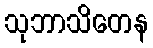
သုဘာသိတေန